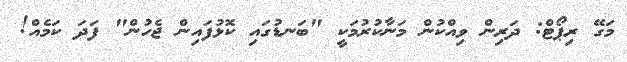
މަގޭ ރިޕޯޓް: ދަރިން ވިއްކުން މަނާކުރުމަކީ "ބަނޑުގައި ކޮޅުފައިން ޖެހުން" ފަދަ ކަމެއް!